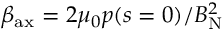
\beta _ { \mathrm { a x } } = 2 \mu _ { 0 } p ( s = 0 ) / B _ { \mathrm { N } } ^ { 2 }